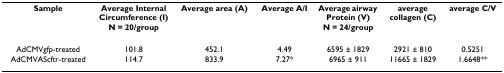
<table><thead><tr><td><b>Sample</b></td><td><b>Average Internal Circumference (I) N = 20/group</b></td><td><b>Average area (A)</b></td><td><b>Average A/I</b></td><td><b>Average airway Protein (V) N = 24/group</b></td><td><b>average collagen (C)</b></td><td><b>average C/V</b></td></tr></thead><tbody><tr><td>AdCMVgfp-treated</td><td>101.8</td><td>452.1</td><td>4.49</td><td>6595 ± 1829</td><td>2921 ± 810</td><td>0.5251</td></tr><tr><td>AdCMVAScftr-treated</td><td>114.7</td><td>833.9</td><td>7.27*</td><td>6965 ± 911</td><td>11665 ± 1829</td><td>1.6648**</td></tr></tbody></table>